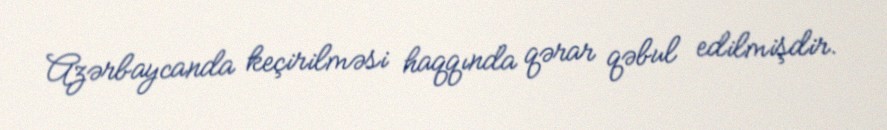
Azərbaycanda keçirilməsi haqqında qərar qəbul edilmişdir.